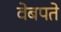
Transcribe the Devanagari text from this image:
वेबपते